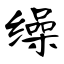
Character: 缲